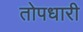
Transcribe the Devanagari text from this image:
तोपधारी